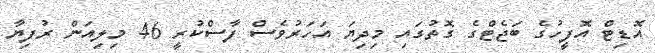
އޮޑިޓް އޮފީހުގެ ބަޖެޓްގެ ގޮތުގައި މިދިޔަ އަހަރުވެސް ފާސްކުރީ 46 މިލިއަން ރުފިޔާ